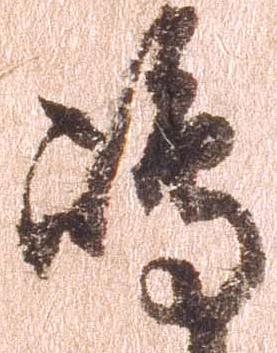
島